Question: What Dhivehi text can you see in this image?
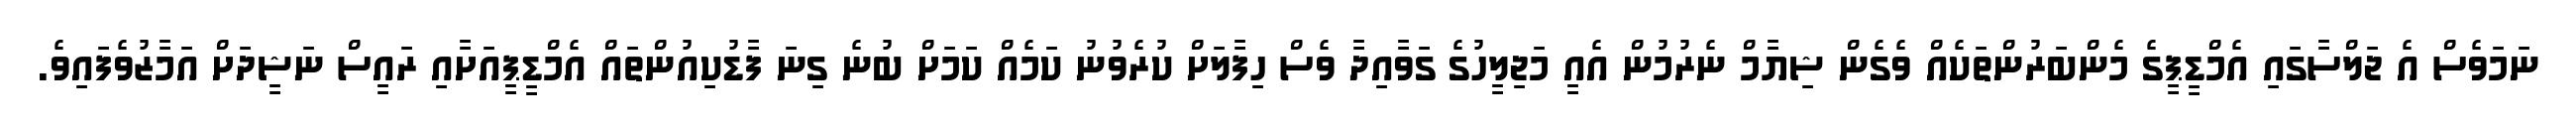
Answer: ނަމަވެސް އެ ޖަލްސާގައި އެމްޑީޕީގެ މެންބަރުންތަކެއް ވެގެން ޝިޔާމް ނެރުމުން އެއީ މަޖިލީހުގެ ގަވާއިދާ ވެސް ހިފާލަށް ކުރެވުނު ކަމެއް ކަމަށް ބުނެ ގިނަ ފާޑުކިއުންތައް އެމްޑީޕީއަށާއި ރައީސް ނަޝީދަށް އަމާޒުވެފައިވެ.